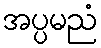
အပ္ပမညံ